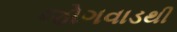
જોગવાડથી